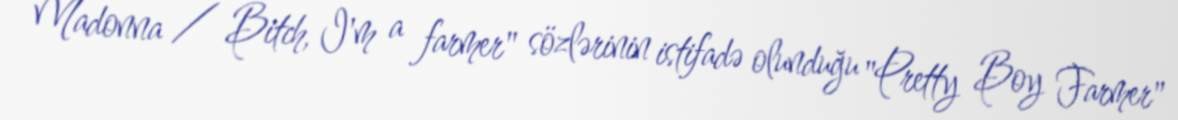
Madonna / Bitch, I'm a farmer" sözlərinin istifadə olunduğu "Pretty Boy Farmer"